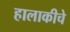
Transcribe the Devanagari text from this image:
हालाकीचे